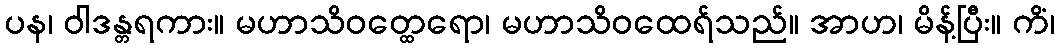
ပန၊ ဝါဒန္တရကား။ မဟာသိဝတ္ထေရော၊ မဟာသိဝထေရ်သည်။ အာဟ၊ မိန့်ပြီး။ ကိံ၊